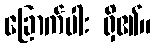
ခြောက်ပါး ရှိ၏။